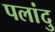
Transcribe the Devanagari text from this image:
पलांदु